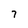
Character: 7